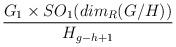
LaTeX: \begin{align*}\frac{G_1 \times SO_1(dim_{R}(G/H))}{H_{g-h+1}}\end{align*}